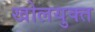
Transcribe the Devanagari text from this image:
खोलयुक्त